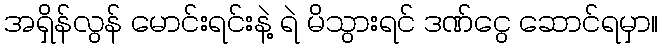
အရှိန်လွန် မောင်းရင်းနဲ့ ရဲ မိသွားရင် ဒဏ်ငွေ ဆောင်ရမှာ။